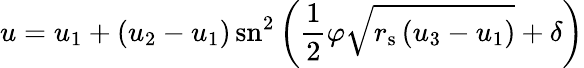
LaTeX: u=u_{1}+\left(u_{2}-u_{1}\right)\, \mathrm{sn}^{2}\left({\frac{1}{2}}\varphi{\sqrt{r_{\mathrm{{s}}}\left(u_{3}-u_{1}\right)}}+\delta\right)